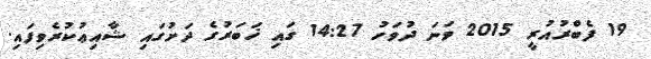
19 ފެބްރުއުރީ 2015 ވަނަ ދުވަހު 14:27 ގައި ޚަބަރުގެ ދަށުގައި ޝާއިޢުކުރެވިފައި.